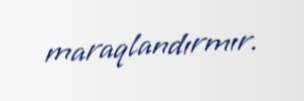
maraqlandırmır.